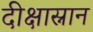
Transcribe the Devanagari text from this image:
दीक्षास्नान